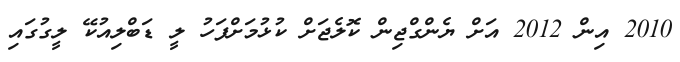
2010 އިން 2012 އަށް ޔެންގްޖިން ކޮލެޖަށް ކުޅުމަށްފަހު ލީ ޑަބްލިއުކޭ ލީގުގައި